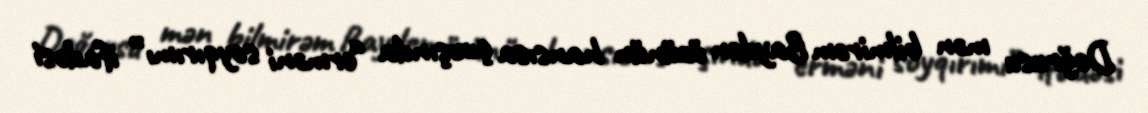
Doğrusu mən bilmirəm Bayden özünün hansısa çıxışında “erməni soyqırımı” ifadəsi